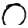
Digit: 0